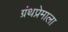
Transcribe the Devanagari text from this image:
ग्रंथप्रेमाला